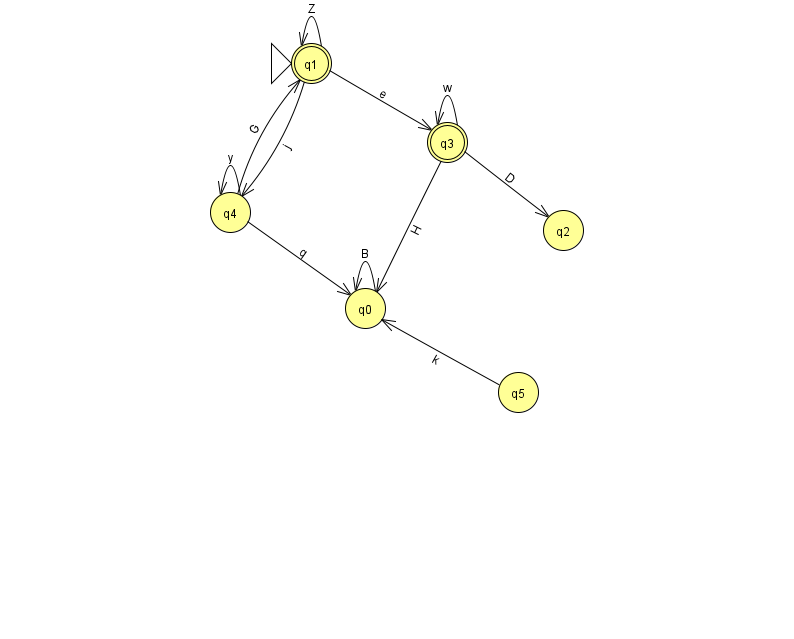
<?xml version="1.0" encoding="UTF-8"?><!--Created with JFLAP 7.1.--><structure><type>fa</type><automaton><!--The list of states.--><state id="0" name="q0"><x>365.0</x><y>295.0</y></state><state id="1" name="q1"><x>311.0</x><y>50.0</y><initial/><final/></state><state id="2" name="q2"><x>563.0</x><y>217.0</y></state><state id="3" name="q3"><x>447.0</x><y>129.0</y><final/></state><state id="4" name="q4"><x>230.0</x><y>199.0</y></state><state id="5" name="q5"><x>518.0</x><y>379.0</y></state><!--The list of transitions.--><transition><from>5</from><to>0</to><read>k</read></transition><transition><from>0</from><to>0</to><read>B</read></transition><transition><from>1</from><to>3</to><read>e</read></transition><transition><from>3</from><to>0</to><read>H</read></transition><transition><from>3</from><to>2</to><read>D</read></transition><transition><from>3</from><to>3</to><read>w</read></transition><transition><from>4</from><to>1</to><read>G</read></transition><transition><from>4</from><to>4</to><read>y</read></transition><transition><from>1</from><to>1</to><read>Z</read></transition><transition><from>1</from><to>4</to><read>j</read></transition><transition><from>4</from><to>0</to><read>q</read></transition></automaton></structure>